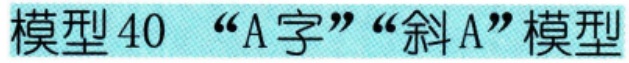
模型40 “A字”“斜A”模型